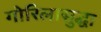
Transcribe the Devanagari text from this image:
गोरिलासुद्धा